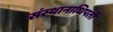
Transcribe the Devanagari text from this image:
संस्थानाधिपती